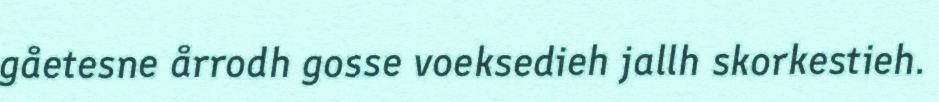
gåetesne årrodh gosse voeksedieh jallh skorkestieh.